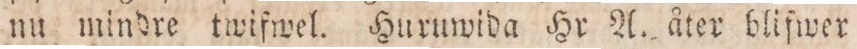
nu mindre twifwel. Huruwida Hr A. åter blifwer